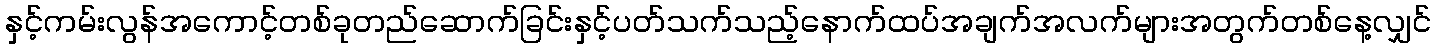
နှင့်ကမ်းလွန်အကောင့်တစ်ခုတည်ဆောက်ခြင်းနှင့်ပတ်သက်သည့်နောက်ထပ်အချက်အလက်များအတွက်တစ်နေ့လျှင်